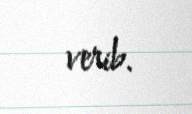
verib.